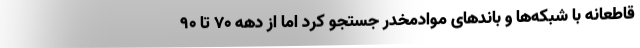
قاطعانه با شبکه‌ها و باندهای موادمخدر جستجو کرد اما از دهه ۷۰ تا ۹۰